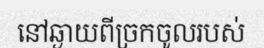
នៅឆ្ងាយពីច្រកចូលរបស់